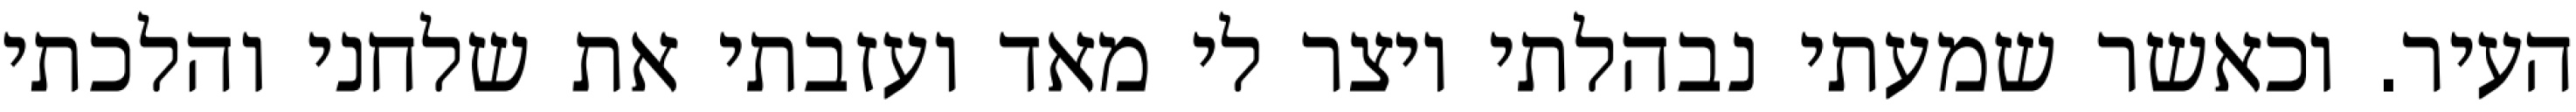
העיר. וכאשר שמעתי נבהלתי ויצר לי מאד ועזבתי את שלחני והלכתי